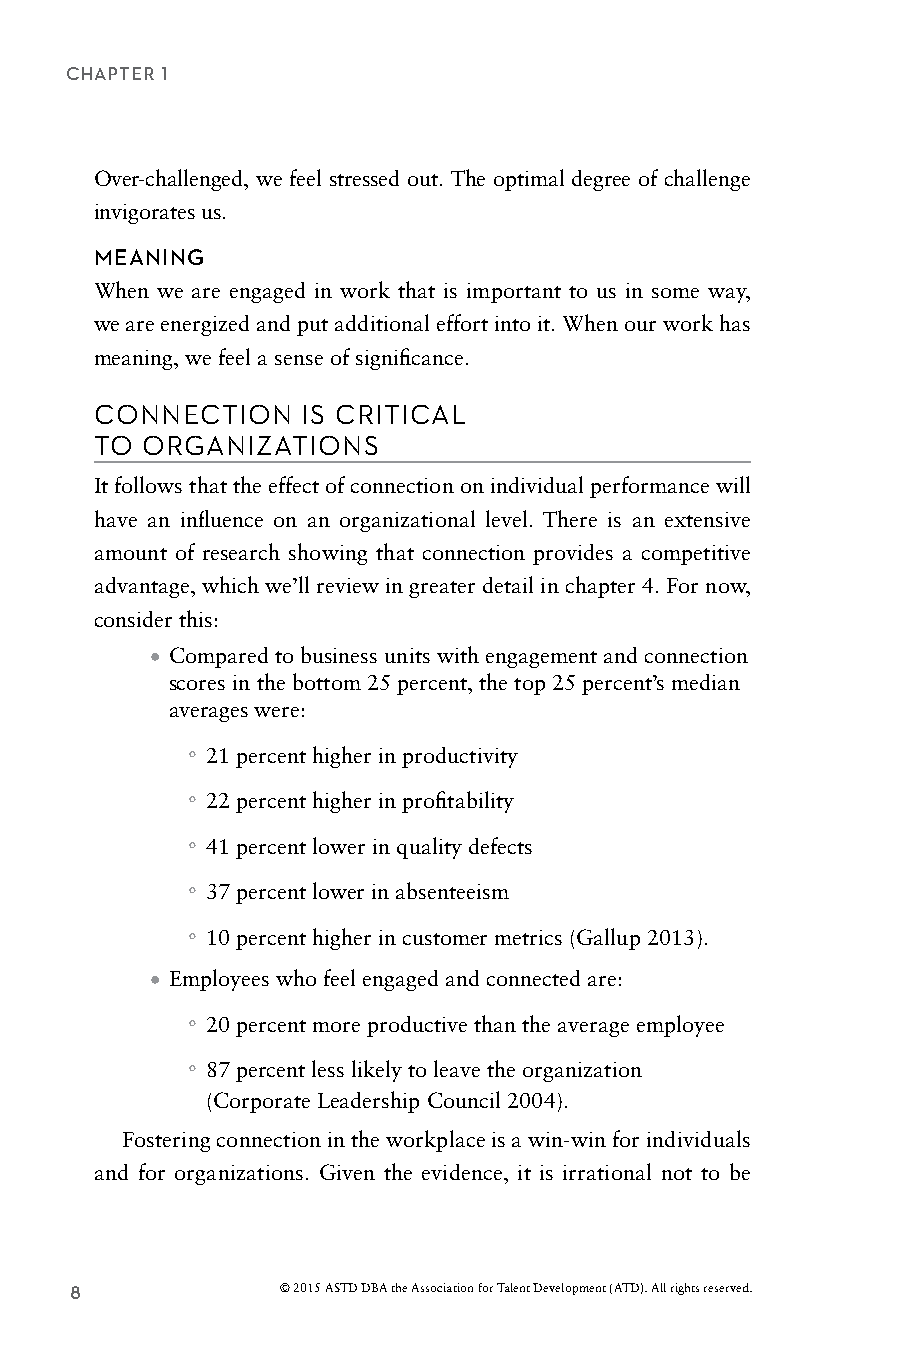
CHAPTER 1
 Over-challenged, we feel stressed out. The optimal degree of challenge
 invigorates us.
 MEANING
 When we are engaged in work that is important to us in some way,
 we are energized and put additional effort into it. When our work has
 meaning, we feel a sense of significance.
 CONNECTION    IS CRITICAL
 TO ORGANIZATIONS
 It follows that the effect of connection on individual performance will
 have an influence on an organizational level. There is an extensive
 amount of research showing that connection provides a competitive
 advantage, which we’ll review in greater detail in chapter 4. For now,
 consider this:
 •
 Compared to business units with engagement and connection
 scores in the bottom 25 percent, the top 25 percent’s median
 averages were:
 ° 21 percent higher in productivity
 ° 22 percent higher in profitability
 ° 41 percent lower in quality defects
 ° 37 percent lower in absenteeism
 ° 10 percent higher in customer metrics (Gallup 2013).
 •
 Employees who feel engaged and connected are:
 ° 20 percent more productive than the average employee
 ° 87 percent less likely to leave the organization
 (Corporate Leadership Council 2004).
 Fostering connection in the workplace is a win-win for individuals
 and for organizations. Given the evidence, it is irrational not to be
 8             © 2015 ASTD DBA the Association for Talent Development (ATD). All rights reserved.